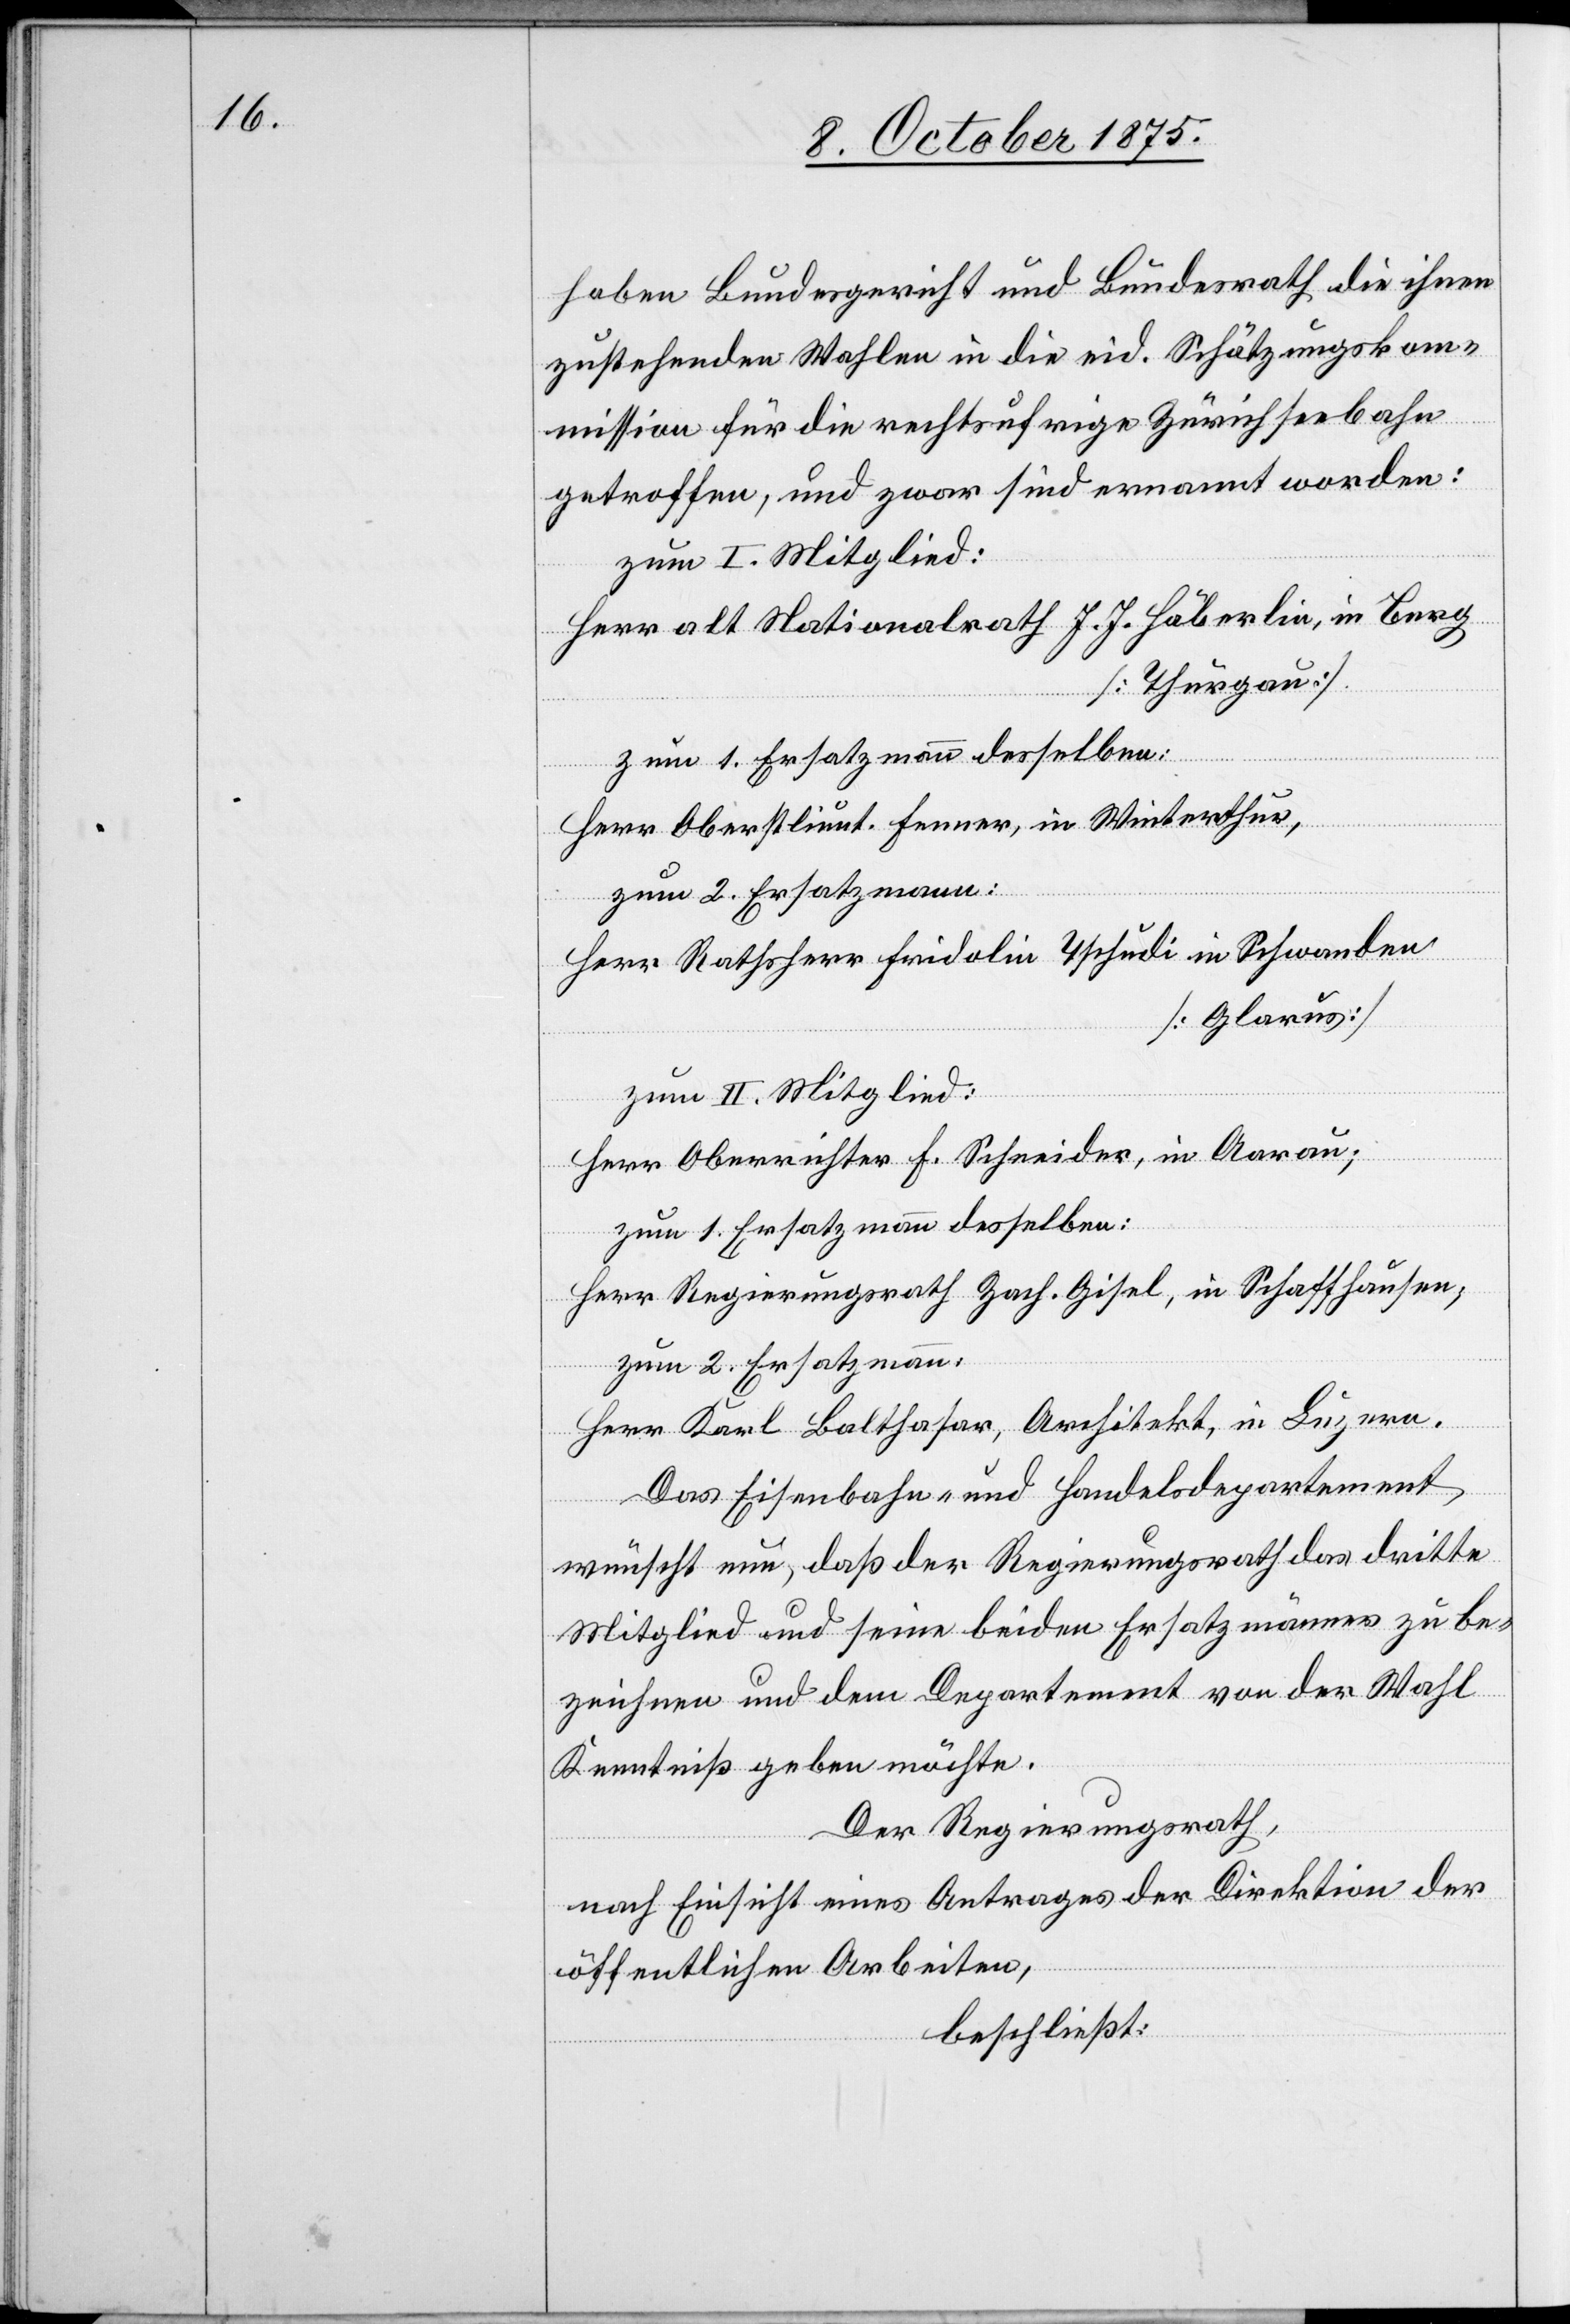
haben Bundesgericht und Bundesrath die ihnen
zustehenden Wahlen in die eid. Schätzungskom¬
mission für die rechtsufrige Zürichseebahn
getroffen, und zwar sind ernannt worden:
zum I. Mitglied:
Herr als Nationalrath J. J. Häberlin, in Berg
[Thurgau]
zum 1. Ersatzmann desselben:
Herr Oberstlieut. Fenner, in Winterthur,
zum 2. Ersatzmann:
Herr Ratsherr Fridolin Tschudi in Schwanden
[Glarus]
zum II. Mitglied:
Herr Oberrichter F. Schneidre, in Aarau;
zum 1. Ersatzmann desselben:
Herr Regierungsrath Zach. Gisel, in Schaffhausen;
zum 2. Ersatzmann:
Herr Karl Balthasar, Architekt, in Luzern.
Das Eisenbahn- und Handelsdepartement
wünscht nun, daß der Regierungsrath das dritte
Mitglied und seine beiden Ersatzmänner zu be¬
zeichnen und dem Department von der Wahl
Kenntniß geben möchte.
Der Regierungsrath,
nach Einsicht eines Antrages der Direktion der
öffentlichen Arbeiten,
beschließt: